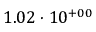
1 . 0 2 \cdot 1 0 ^ { + 0 0 }